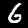
Label: 6